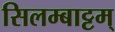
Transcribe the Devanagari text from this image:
सिलम्बाट्टम्